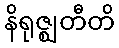
နိရုဇ္ဈတီတိ